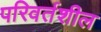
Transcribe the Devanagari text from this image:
परिवर्तशील